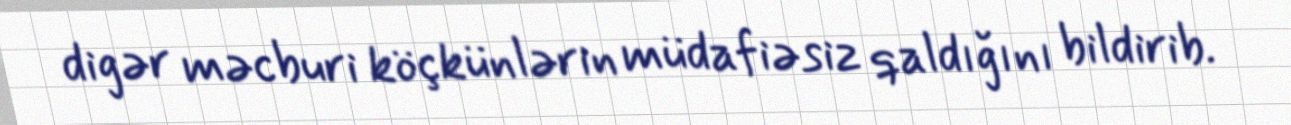
digər məcburi köçkünlərin müdafiəsiz qaldığını bildirib.